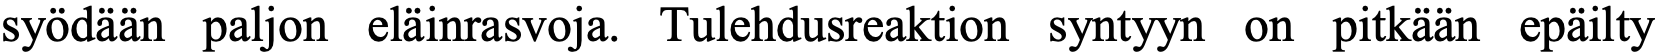
syödään paljon eläinrasvoja. Tulehdusreaktion syntyyn on pitkään epäilty